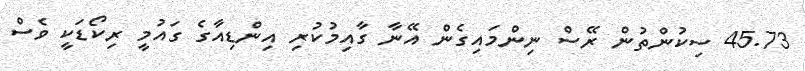
45.73 ސިކުންތުން ރޭސް ނިންމައިގެން އޭނާ ގާއިމުކުރި އިންޑިއާގެ ގައުމީ ރިކޯޑަކީ ވެސް